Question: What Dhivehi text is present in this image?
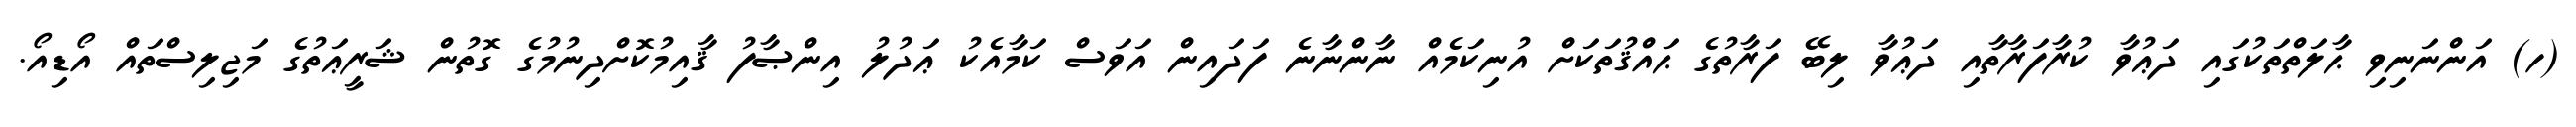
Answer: (ހ) އަންނަނިވި ޙާލަތްތަކުގައި ދަޢުވާ ކުރާފަރާތާއި ދަޢުވާ ލިބޭ ފަރާތުގެ ޙައްޤުތަކަށް އުނިކަމެއް ނާންނާނެ ފަދައިން އަވަސް ކަމާއެކު ޢަދުލު އިންޞާފު ޤާއިމުކޮށްދިނުމުގެ ގޮތުން ޝަރީޢަތުގެ މަޖިލިސްތައް އޯޑިއޯ.